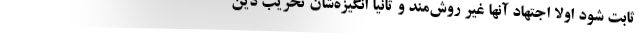
ثابت شود اولا اجتهاد آنها غیر روش‌مند و ثانیا انگیزه‌شان تخریب دین